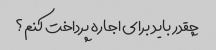
چقدر باید برای اجاره پرداخت کنم؟